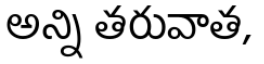
అన్ని తరువాత,